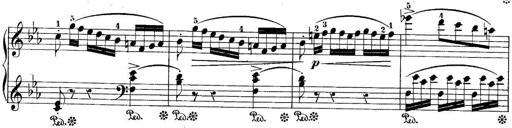
Title: 10 Sonatines progressives
Composer: Anton Schmoll